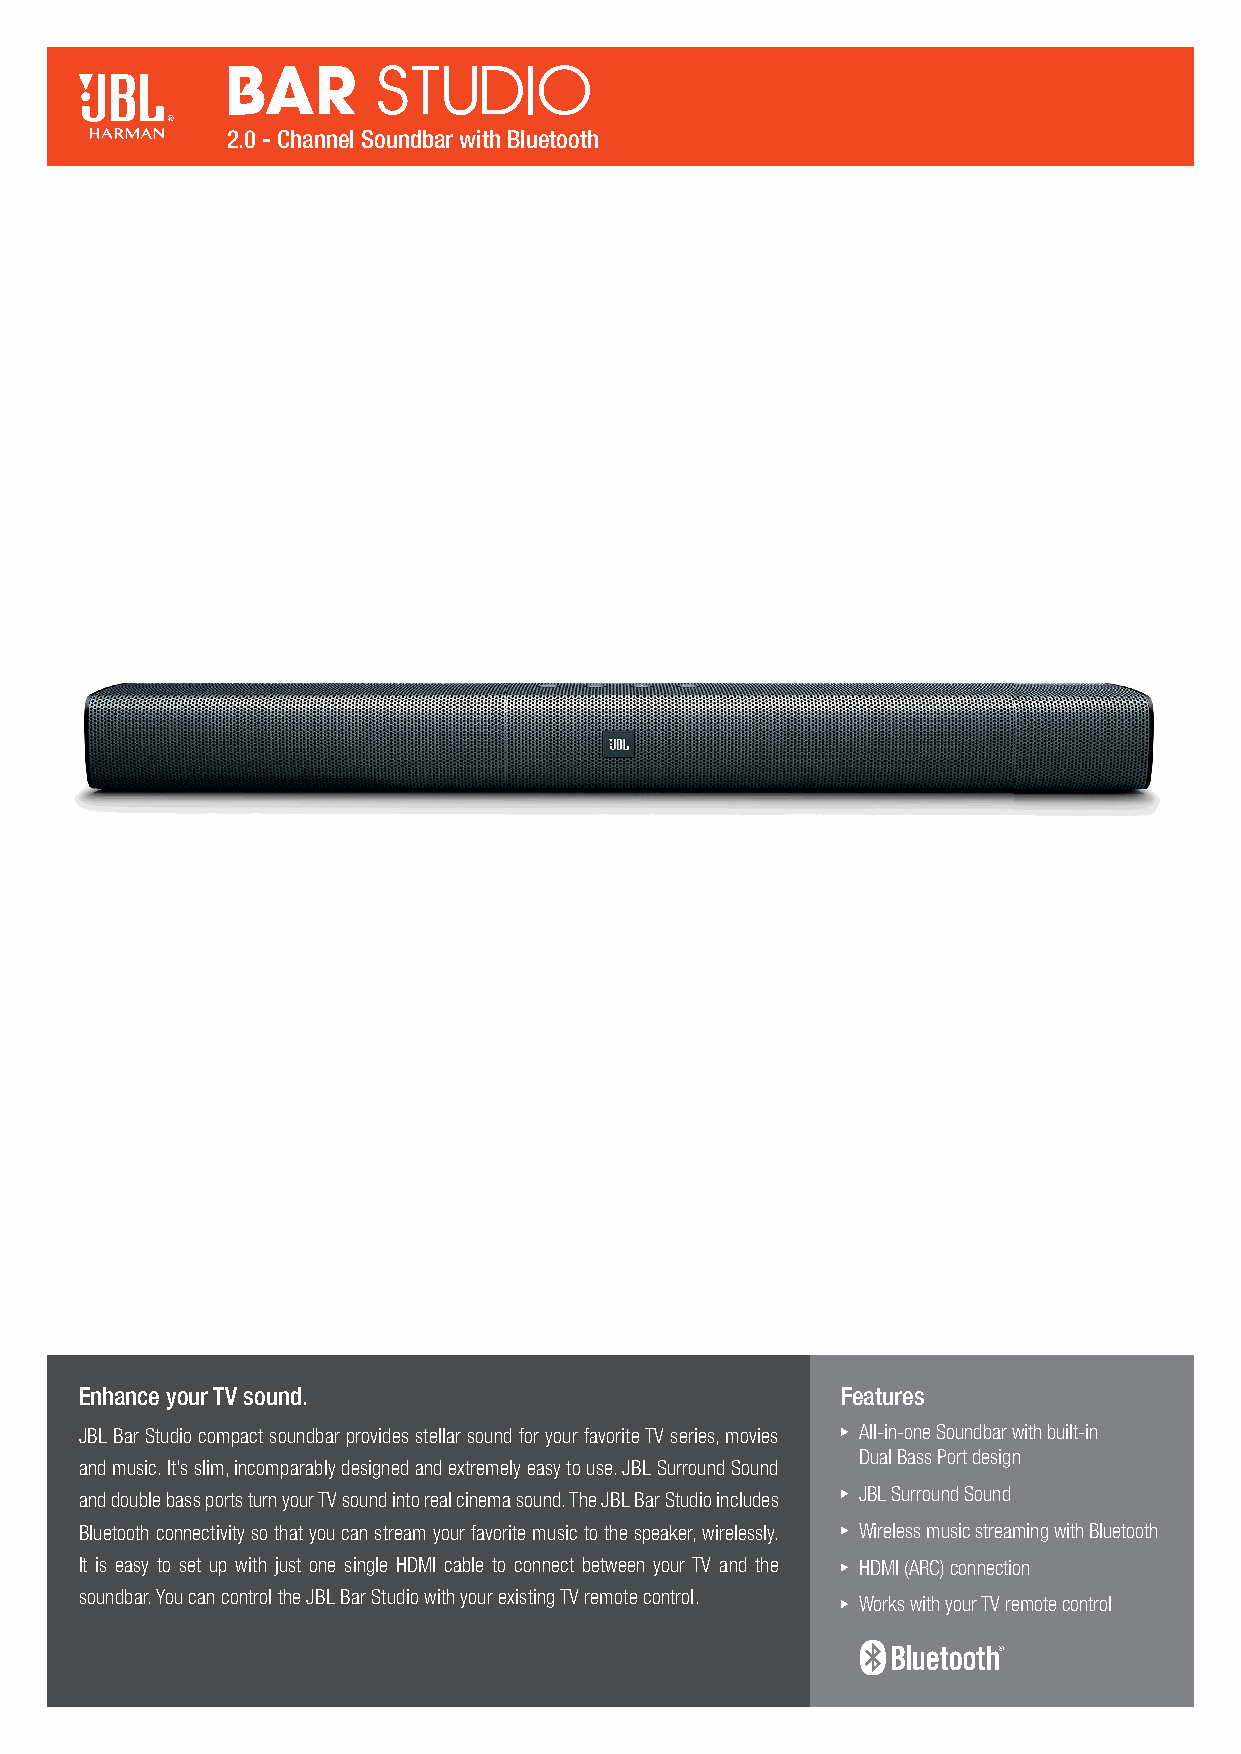
2.0 - Channel Soundbar with Bluetooth
 Enhance your TV sound.                             Features
 JBL Bar Studio compact soundbar provides stellar sound for your favorite TV series, movies All-in-one Soundbar with built-in
 Dual Bass Port design
 and music. It’s slim, incomparably designed and extremely easy to use. JBL Surround Sound
 and double bass ports turn your TV sound into real cinema sound. The JBL Bar Studio includes JBL Surround Sound
 Bluetooth connectivity so that you can stream your favorite music to the speaker, wirelessly. Wireless music streaming with Bluetooth
 It is easy to set up with just one single HDMI cable to connect between your TV and the HDMI (ARC) connection
 soundbar. You can control the JBL Bar Studio with your existing TV remote control.
 Works with your TV remote control